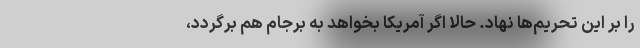
را بر این تحریم‌ها نهاد. حالا اگر آمریکا بخواهد به برجام هم برگردد،